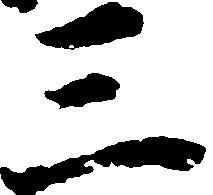
三